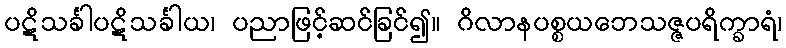
ပဋိသင်္ခါပဋိသင်္ခါယ၊ ပညာဖြင့်ဆင်ခြင်၍။ ဂိလာနပစ္စယဘေသဇ္ဇပရိက္ခာရံ၊